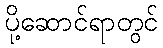
ပို့ဆောင်ရာတွင်